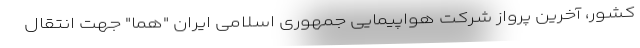
کشور، آخرین پرواز شرکت هواپیمایی جمهوری اسلامی ایران "هما" جهت انتقال